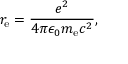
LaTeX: r _ { \mathrm { e } } = { \frac { e ^ { 2 } } { 4 \pi \epsilon _ { 0 } m _ { \mathrm { e } } c ^ { 2 } } } ,